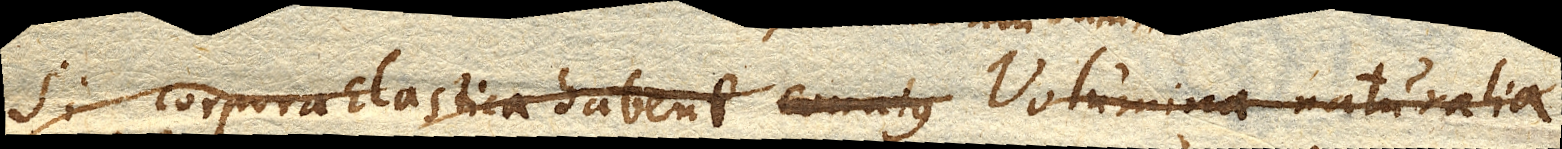
Si corpora Elastica habent conatusVolumina naturalia